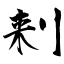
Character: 刾